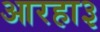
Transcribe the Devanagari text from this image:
आरहा३